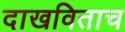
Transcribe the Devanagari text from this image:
दाखविताच